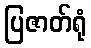
ပြဇာတ်ရုံ